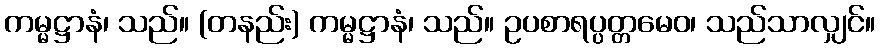
ကမ္မဋ္ဌာနံ၊ သည်။ (တနည်း) ကမ္မဋ္ဌာနံ၊ သည်။ ဥပစာရပ္ပတ္တမေဝ၊ သည်သာလျှင်။